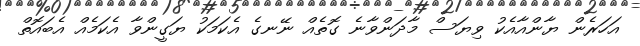
އަހަރެން ޔާންއާއެކު ވިޔަސް މާދަންވާނެ ގޮތެއް ނޭނގެ އެކަމަކު ޔަގީންވާ އެކަމެއް އެބައޮތް